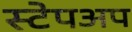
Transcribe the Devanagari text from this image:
स्टेपअप